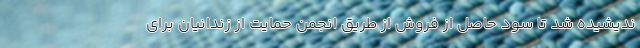
ندیشیده شد تا سود حاصل از فروش از طریق انجمن حمایت از زندانیان برای